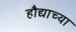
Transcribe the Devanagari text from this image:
हौद्याच्या